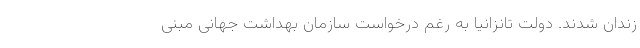
زندان شدند. دولت تانزانیا به رغم درخواست سازمان بهداشت جهانی مبنی